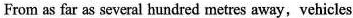
From as far as several hundred metres away,vehicles